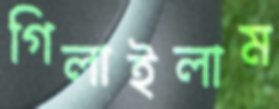
গিলাইলাম